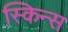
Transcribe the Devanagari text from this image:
स्किन्स